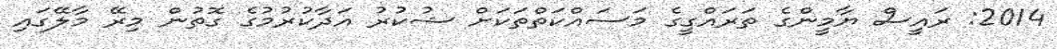
2014: ރައީސް ޔާމީންގެ ތަރައްގީގެ މަސައްކަތްތަކަށް ޝުކުރު އަދާކުރުމުގެ ގޮތުން މިރޭ މާލޭގައި